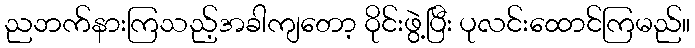
ညဘက်နားကြသည့်အခါကျတော့ ဝိုင်းဖွဲ့ပြီး ပုလင်းထောင်ကြမည်။